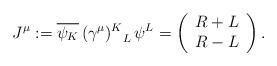
LaTeX: \begin{align*}J^{\mu} := \overline{\psi_K} \, {(\gamma^{\mu})^K}_L \, \psi^L = \left( \begin{array}{c} R+L \\ R-L \end{array} \right).\end{align*}